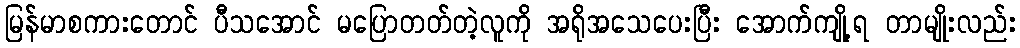
မြန်မာစကားတောင် ပီသအောင် မပြောတတ်တဲ့လူကို အရိုအသေပေးပြီး အောက်ကျို့ရ တာမျိုးလည်း